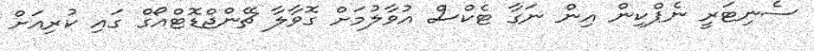
ސެނިޓަރީ ނެޕްކިން އިން ނަގާ ޓެކްސް އުވާލުމަށް ގޮވާލާ ޗޭންޖްޑޮޓްއޯގް ގައި ކުރިއަށް